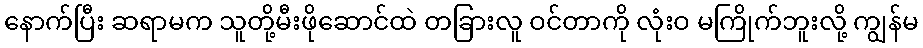
နောက်ပြီး ဆရာမက သူတို့မီးဖိုဆောင်ထဲ တခြားလူ ဝင်တာကို လုံးဝ မကြိုက်ဘူးလို့ ကျွန်မ